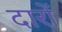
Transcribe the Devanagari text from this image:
दारों